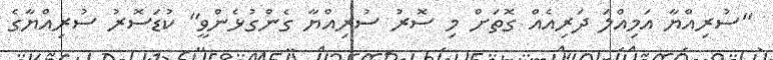
"ސުރިއްޔާ އަމިއްލަ ދަރިއެއް ގޮތަށް މި ސޮރު ސުރިއްޔާ ގެންގުޅެންވީ" ކުޑަސޮރު ސުރިއްޔާގެ